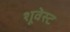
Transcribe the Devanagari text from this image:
शूवेस्ट